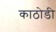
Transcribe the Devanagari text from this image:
काठोडी